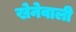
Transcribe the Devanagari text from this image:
खेनेवाली